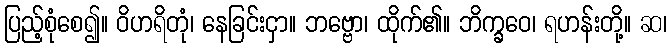
ပြည့်စုံစေ၍။ ဝိဟရိတုံ၊ နေခြင်းငှာ။ ဘဗ္ဗော၊ ထိုက်၏။ ဘိက္ခဝေ၊ ရဟန်းတို့။ ဆ၊